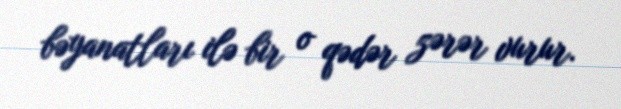
bəyanatları ilə bir o qədər zərər vurur.